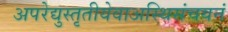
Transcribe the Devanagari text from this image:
अपरेद्युस्तृतीयेवाअस्थिसंचयनं